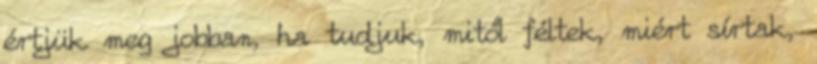
értjük meg jobban, ha tudjuk, mitől féltek, miért sírtak,